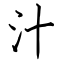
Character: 汁